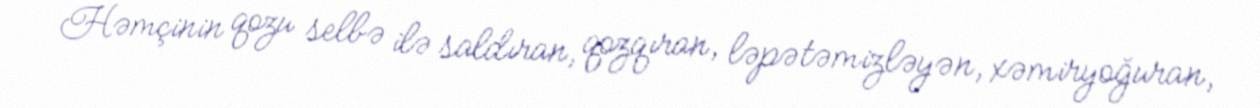
Həmçinin qozu selbə ilə saldıran, qozqıran, ləpətəmizləyən, xəmiryoğuran,